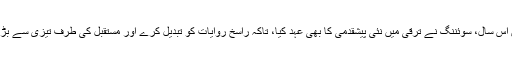
لیکن اس سال، سوئننگ نے ترقی میں نئی پیشقدمی کا بھی عہد کیا، تاکہ راسخ روایات کو تبدیل کرے اور مستقبل کی طرف تیزی سے بڑھے۔